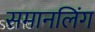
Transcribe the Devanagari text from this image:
समानलिंग